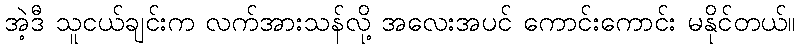
အဲ့ဒီ သူငယ်ချင်းက လက်အားသန်လို့ အလေးအပင် ကောင်းကောင်း မနိုင်တယ်။